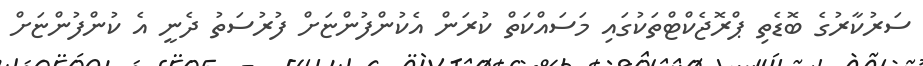
ސަރުކާރުގެ ބޮޑެތި ޕްރޮޖެކްޓްތަކުގައި މަސައްކަތް ކުރަން އެކުންފުންޏަށް ފުރުސަތު ދެނީ އެ ކުންފުންޏަށް